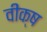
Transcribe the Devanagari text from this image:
वीक्ष